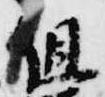
但